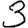
Digit: 3